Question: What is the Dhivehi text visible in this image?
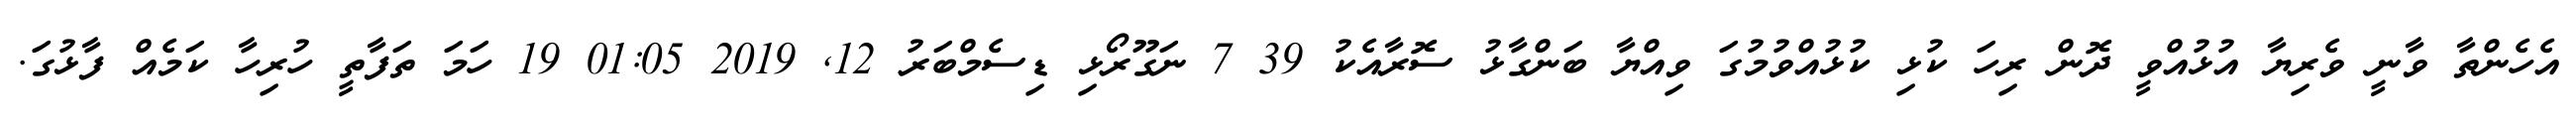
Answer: އެހެންތާ ވާނީ ވެރިޔާ އުޅުއްވީ ދޮން ރިހަ ކުޅި ކުޅުއްވުމުގަ ވިއްޔާ ބަންގާޅު ސޮރާއެކު 39 7 ނަގޫރޯޅި ޑިސެމްބަރު 12, 2019 01:05 19 ހަމަ ތަފާތީ ހުރިހާ ކަމެއް ފާޅުގަ.